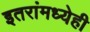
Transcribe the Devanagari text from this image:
इतरांमध्येही